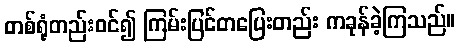
တစ်ရုံတည်းဝင်၍ ကြမ်းပြင်တပြေးတည်း ကခုန်ခဲ့ကြသည်။